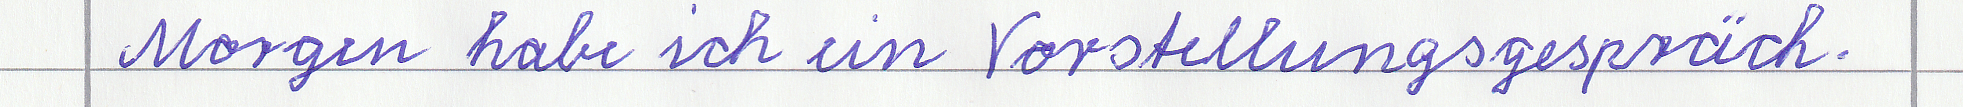
Morgen habe ich ein Vorstellungsgespräch.